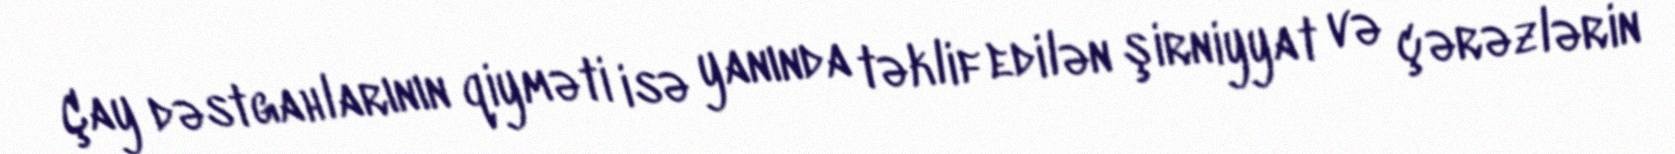
Çay dəstgahlarının qiyməti isə yanında təklif edilən şirniyyat və çərəzlərin